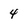
Character: 4